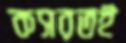
কসরতই